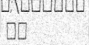
١٩